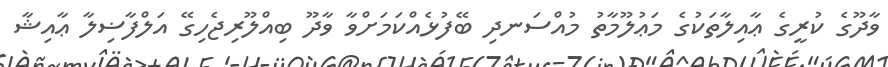
ވާދޫގެ ކުރީގެ ޢާއިލާތަކުގެ މަޢުލޫމާތު މުއްސަނދި ބޭފުޅެއްކަމަށްވާ ވާދޫ ބިއްލޫރިޖެހިގޭ އަލްފާޟިލާ ޢާއިޝާ